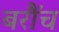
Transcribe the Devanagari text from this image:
बरौंच